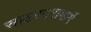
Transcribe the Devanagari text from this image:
सक्करदरामार्गे